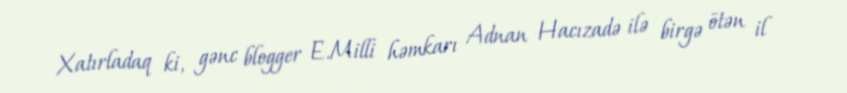
Xatırladaq ki, gənc blogger E.Milli həmkarı Adnan Hacızadə ilə birgə ötən il